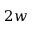
2 w